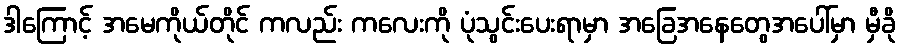
ဒါကြောင့် အမေကိုယ်တိုင် ကလည်း ကလေးကို ပုံသွင်းပေးရာမှာ အခြေအနေတွေအပေါ်မှာ မှီခို